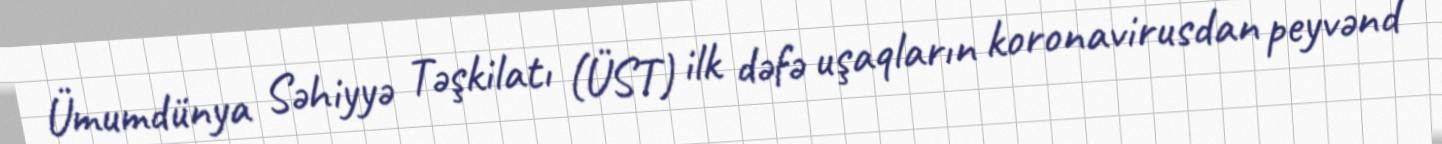
Ümumdünya Səhiyyə Təşkilatı (ÜST) ilk dəfə uşaqların koronavirusdan peyvənd